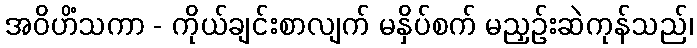
အဝိဟိံသကာ - ကိုယ်ချင်းစာလျက် မနှိပ်စက် မညှဉ်းဆဲကုန်သည်၊